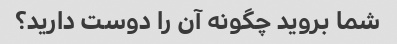
شما بروید چگونه آن را دوست دارید؟